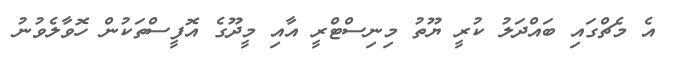
އެ މެޗްގައި ބައްދަލު ކުރީ ޔޫތު މިނިސްޓްރީ އާއި މީދޫގެ އޮފީސްތަކުން ހޮވާލެވުނު